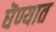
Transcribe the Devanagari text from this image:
घॆण्यात